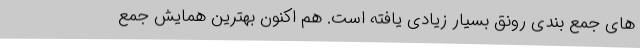
های جمع­ بندی رونق بسیار زیادی یافته است. هم اکنون بهترین همایش جمع